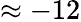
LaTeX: \approx-12